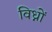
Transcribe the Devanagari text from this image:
विध्नों